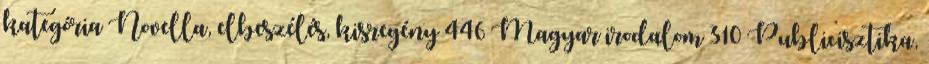
kategória Novella, elbeszélés, kisregény 446 Magyar irodalom 310 Publicisztika,